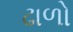
ઢાળો